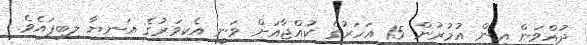
ދުއްވަން އިން އުމުރުން 15 އަހަރުގެ ކުއްޖާއަށް ވަނީ އެކިވަރުގެ އަނިޔާ ލިބިފައެވެ.